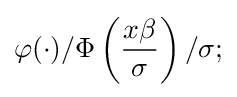
\varphi (\cdot )/\Phi \left({\frac {x\beta }{\sigma }}\right)/\sigma ;